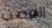
العصب